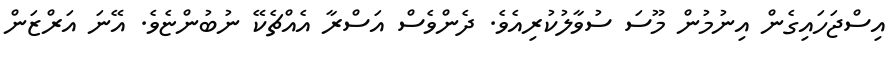
އިސްޖަހައިގެން އިނުމުން މޫސަ ސުވާލުކުރިއެވެ. ދެންވެސް އަސްރާ އެއްޗެކޭ ނުބުންޏެވެ. އޭނަ އަރްޒަން